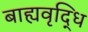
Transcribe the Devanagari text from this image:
बाह्यवृद्धि